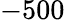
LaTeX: -500